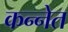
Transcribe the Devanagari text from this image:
कन्नेत